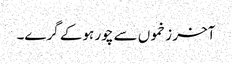
آخر زخموں سے چور ہوکے گرے۔